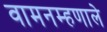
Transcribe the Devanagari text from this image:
वामनम्हणाले